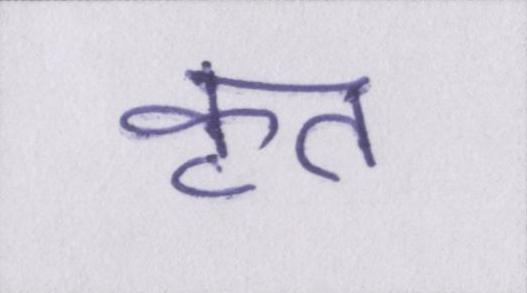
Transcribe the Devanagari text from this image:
कृत